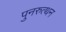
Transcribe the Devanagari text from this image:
पुनरुत्थन